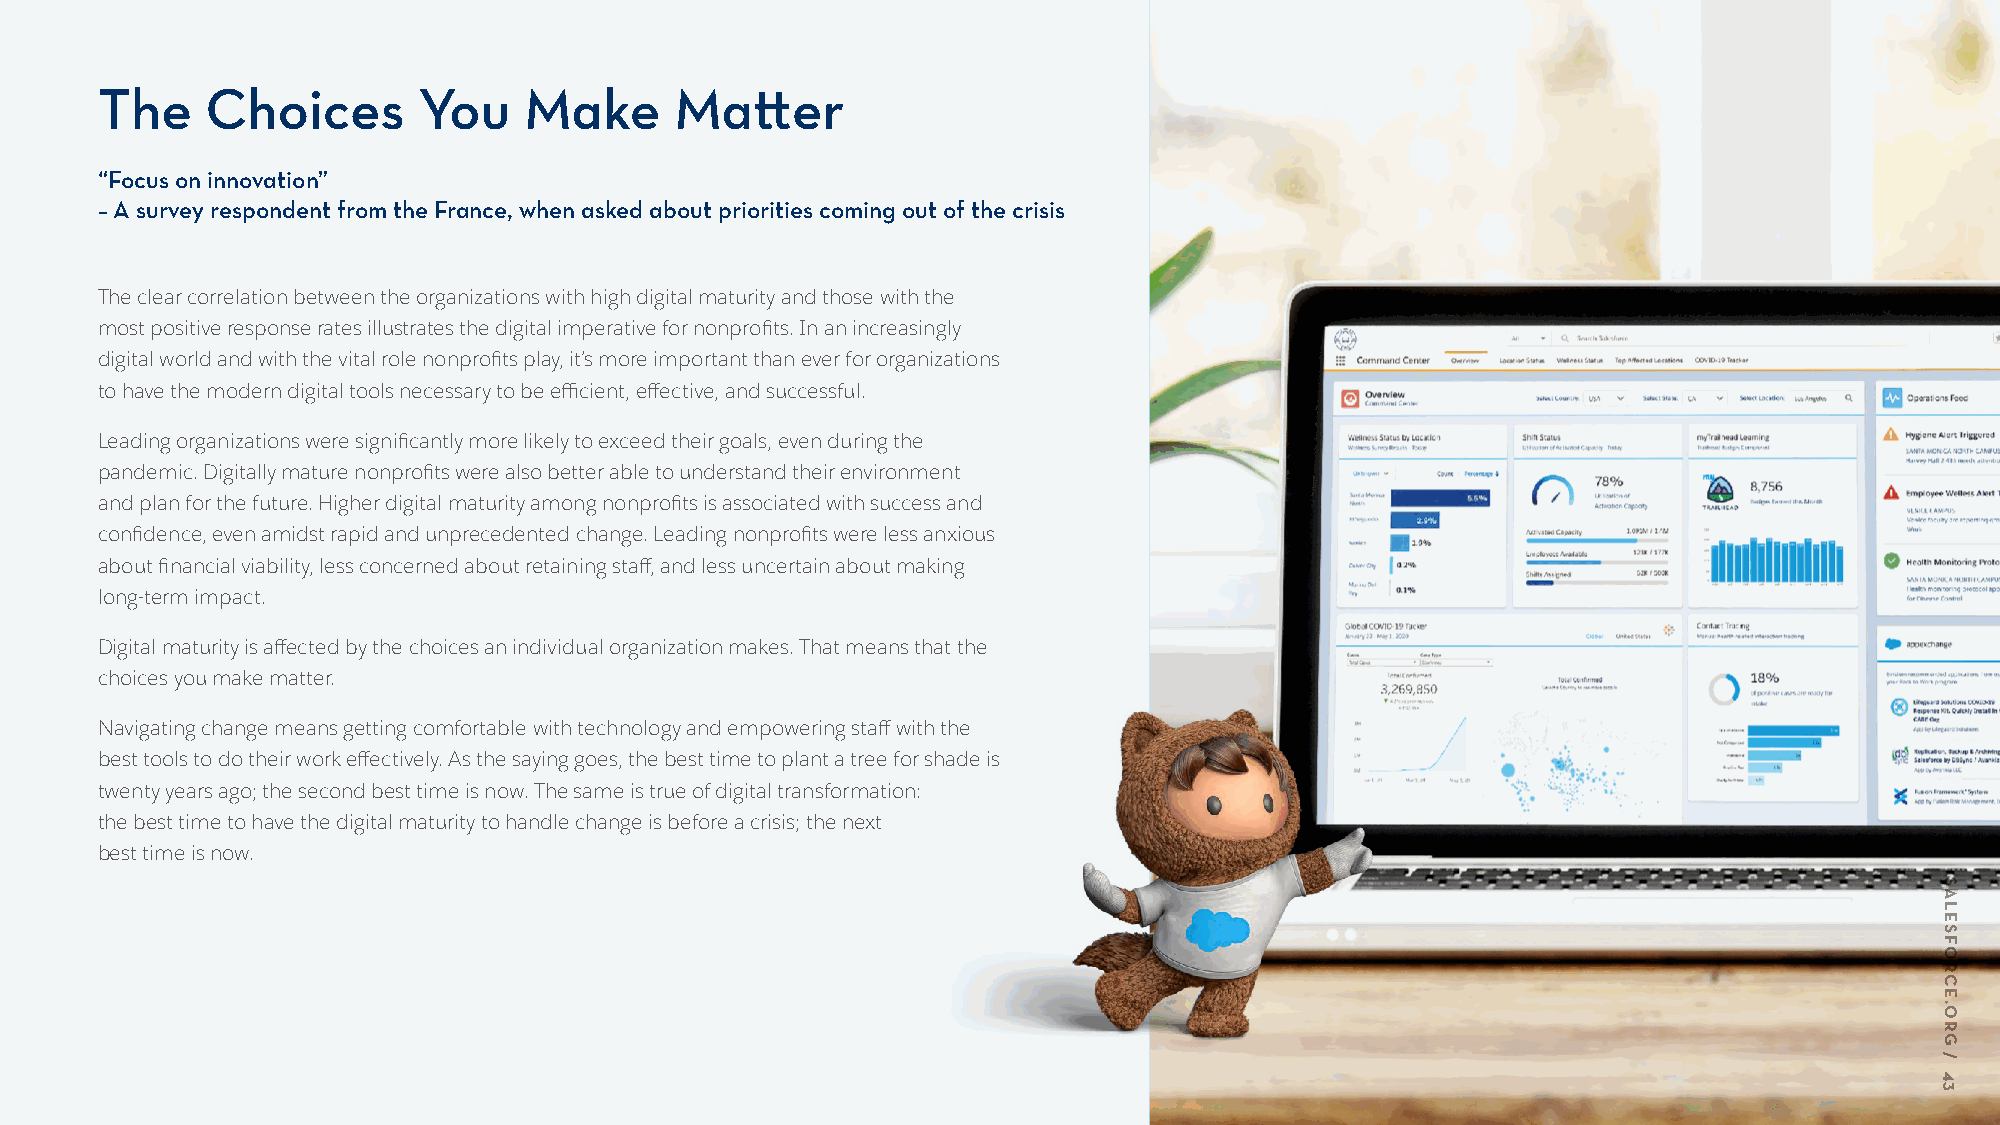
The     Choices       You    Make      Matter
 “Focus on innovation”
 – A survey respondent from the France, when asked about priorities coming out of the crisis
 The clear correlation between the organizations with high digital maturity and those with the
 most positive response rates illustrates the digital imperative for nonprofits. In an increasingly
 digital world and with the vital role nonprofits play, it’s more important than ever for organizations
 to have the modern digital tools necessary to be efficient, effective, and successful.
 Leading organizations were significantly more likely to exceed their goals, even during the
 pandemic. Digitally mature nonprofits were also better able to understand their environment
 and plan for the future. Higher digital maturity among nonprofits is associated with success and
 confidence, even amidst rapid and unprecedented change. Leading nonprofits were less anxious
 about financial viability, less concerned about retaining staff, and less uncertain about making
 long-term impact.
 Digital maturity is affected by the choices an individual organization makes. That means that the
 choices you make matter.
 Navigating change means getting comfortable with technology and empowering staff with the
 best tools to do their work effectively. As the saying goes, the best time to plant a tree for shade is
 twenty years ago; the second best time is now. The same is true of digital transformation:
 the best time to have the digital maturity to handle change is before a crisis; the next
 best time is now.
 SALESFORCE.ORG
 /
 43